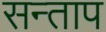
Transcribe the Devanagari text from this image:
सन्‍ताप